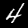
Label: 4